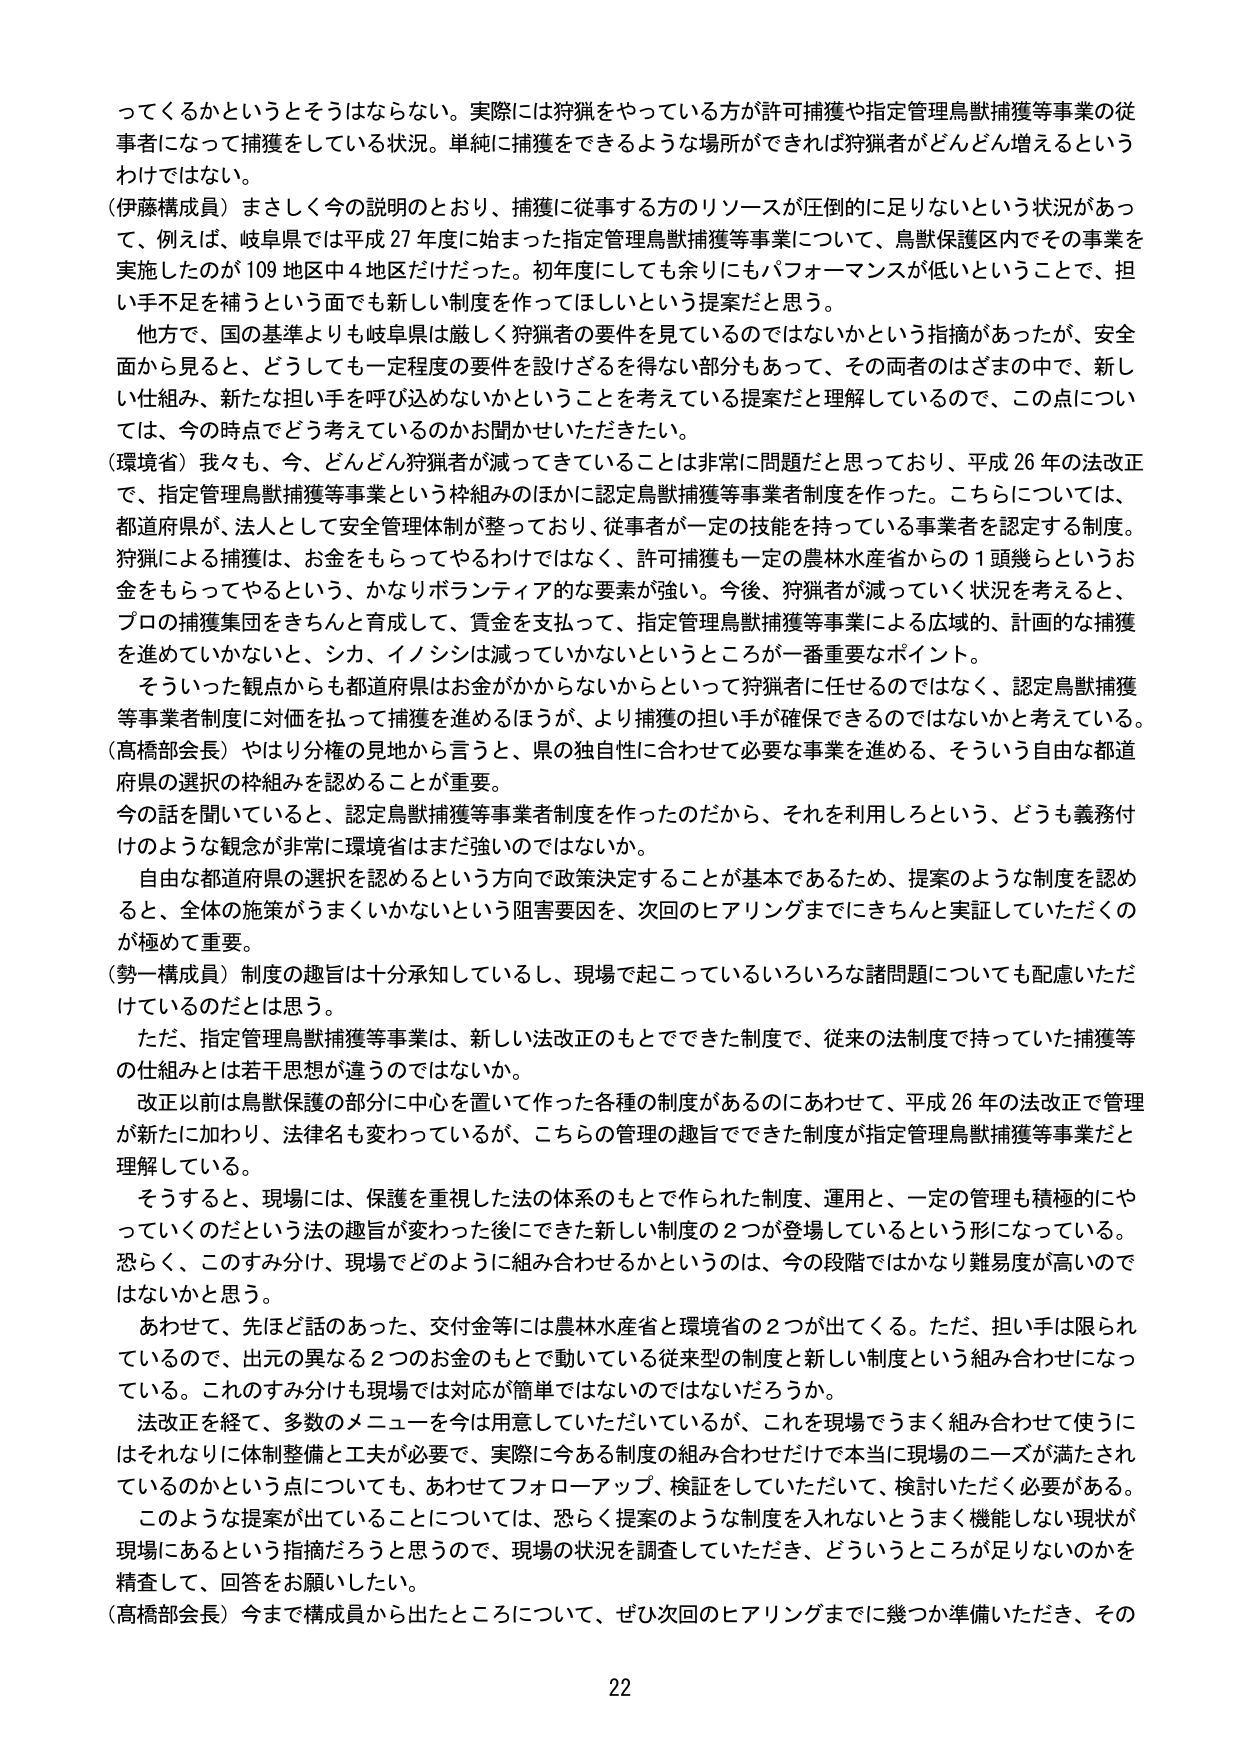
ってくるかというとそうはならない。実際には狩猟をやっている方が許可捕獲や指定管理鳥獣捕獲等事業の従事者になって捕獲をしている状況。単純に捕獲をできるような場所ができれば狩猟者がどんどん増えるというわけではない。

（伊藤構成員）まさしく今の説明のとおり、捕獲に従事する方のリソースが圧倒的に足りないという状況があって、例えば、岐阜県では平成27年度に始まった指定管理鳥獣捕獲等事業について、鳥獣保護区内でその事業を実施したのが109地区中4地区だけだった。初年度にしても数余りにもパフォーマンスが低いということで、担い手不足を補うという面でも新しい制度を作ってほしいという提案だと思う。

他方で、国の基準よりも岐阜県は厳しく狩猟者の要件を見ているのではないかという指摘があったが、安全面から見ると、どうしても一定程度の要件を設計ざるを得ない部分もあって、その両者のはざまの中で、新しい仕組み、新たな担い手を呼び込めないかということを考えている提案だと理解しているので、この点については、今の時点でどう考えているのかお聞かせいただきたい。

（環境省）我々も、今、どんどん狩猟者が減ってきていることは非常に問題だと思っており、平成26年の法改正で、指定管理鳥獣捕獲等事業という枠組みのほかに認定鳥獣捕獲等事業者制度を作った。こちらについては、都道府県が、法人として安全管理体制が整っており、従事者が一定の技能を持っている事業者を認定する制度。狩猟による捕獲は、お金をもらってやるわけではなく、許可捕獲も一定の農林水産省からの1頭幾らというお金をもらってやるという、かなりボランティア的な要素が強い。今後、狩猟者が減っていく状況を考えると、プロの捕獲集団をきちんと育成して、賃金を支払って、指定管理鳥獣捕獲等事業による広域的、計画的な捕獲を進めていかないと、シカ、イノシシは減っていかないというところが一番重要なポイント。

そういった観点からも都道府県はお金がかからないからといって狩猟者に任せるのではなく、認定鳥獣捕獲等事業者制度に対価を払って捕獲を進めるほうが、より捕獲の担い手が確保できるのではないかと考えている。

（高橋部会長）やはり分権の見地から言うと、県の独自性に合わせて必要な事業を進める、そういう自由な都道府県の選択の枠組みを認めることが重要。

今の話を聞いていると、認定鳥獣捕獲等事業者制度を作ったのだから、それを利用しろという、どうも義務付けのような観念が非常に環境省はまだ強いのではないか。

自由な都道府県の選択を認めるという方向で政策決定することが基本であるため、提案のような制度を認めると、全体の施策がうまくいかないという阻害要因を、次回のヒアリングまでにきちんと実証していただくのが極めて重要。

（勢一構成員）制度の趣旨は十分承知しているし、現場で起こっているいろいろな諸問題についても配慮いただけているのだとは思う。

ただ、指定管理鳥獣捕獲等事業は、新しい法改正のもとでできた制度で、従来の法制度で持っていた捕獲等の仕組みとは若干思想が違うのではないか。

改正以前は鳥獣保護の部分に中心を置いて作った各種の制度があるのにあわせて、平成26年の法改正で管理が新たに加わり、法律名も変わっているが、こちらの管理の趣旨でできた制度が指定管理鳥獣捕獲等事業だと理解している。

そうすると、現場には、保護を重視した法の体系のもとで作られた制度、運用と、一定の管理も積極的にやっていくのだという法の趣旨が変わった後にできた新しい制度の2つが登場しているという形になっている。恐らく、このすみ分け、現場でどのように組み合わせるかというのは、今の段階ではかなり難易度が高いのではないかと思う。

あわせて、先ほど話のあった、交付金等には農林水産省と環境省の2つが出てくる。ただ、担い手は限られているので、出元の異なる2つのお金のもとで動いている従来型の制度と新しい制度という組み合わせになっている。これのすみ分けも現場では対応が簡単ではないのではないだろうか。

法改正を経て、多数のメニューを今は用意していただいているが、これを現場でうまく組み合わせて使うにはそれなりに体制整備と工夫が必要で、実際に今ある制度の組み合わせだけで本当に現場のニーズが満たされているのかという点についても、あわせてフォローアップ、検証をしていただいて、検討いただく必要がある。

このような提案が出ていることについては、恐らく提案のような制度を入れないとうまく機能しない現状が現場にあるという指摘だろうと思うので、現場の状況を調査していただき、どういうところが足りないのかを精査して、回答をお願いしたい。

（高橋部会長）今まで構成員から出たところについて、ぜひ次回のヒアリングまでに幾つか準備いただき、その

22